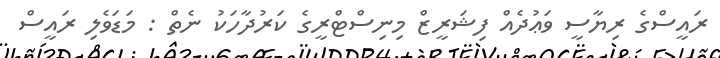
ރައީސްގެ ރިޔާސީ ވަޢުދެއް ފިޝަރީޒް މިނިސްޓްރީގެ ކަރުދާހަކު ނެތް : މަޑަވެލި ރައީސް